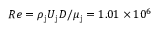
R e = \rho _ { \mathrm { j } } U _ { \mathrm { j } } D / \mu _ { \mathrm { j } } = 1 . 0 1 \times 1 0 ^ { 6 }